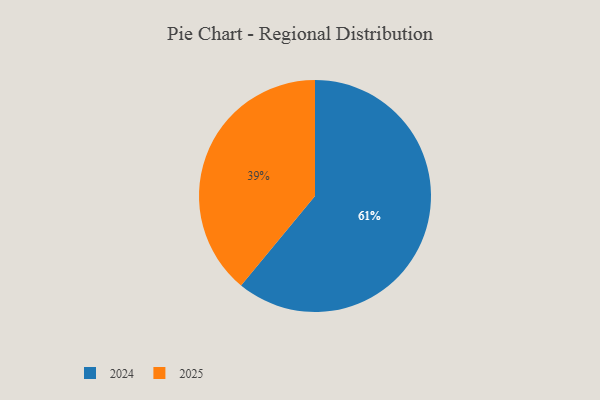
{"axis": {"x": "Category", "y": "Percentage"}, "legend": ["2024", "2025"], "data": [{"x": "2025", "y": 39, "type": "2025"}, {"x": "2024", "y": 61, "type": "2024"}]}